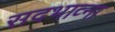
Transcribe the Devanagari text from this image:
सदभाव्ना